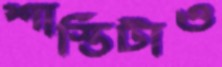
শাস্তিটাও